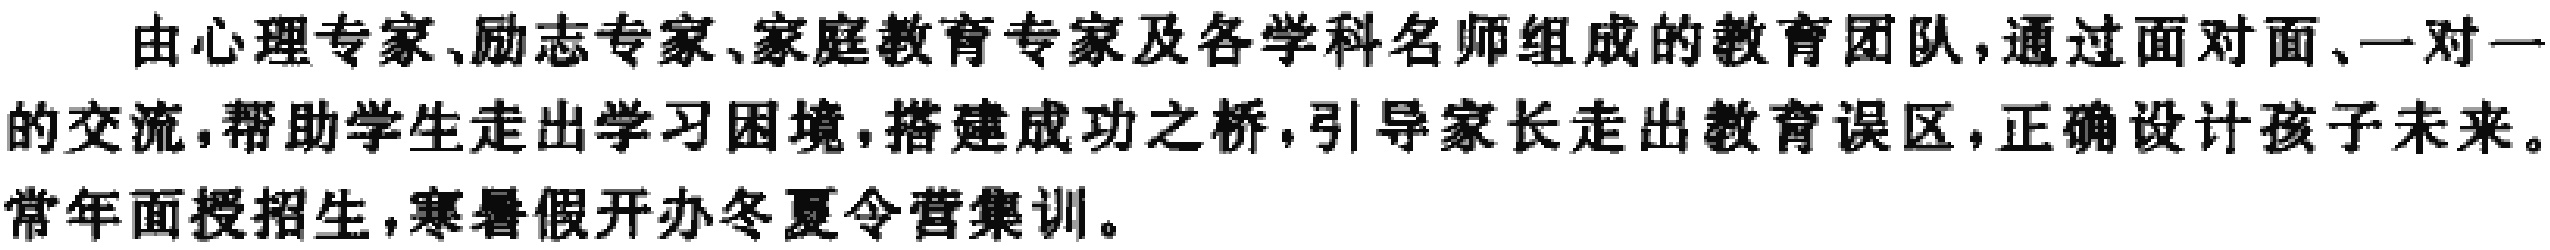
由心理专家、励志专家、家庭教育专家及各学科名师组成的教育团队,通过面对面、一对一的交流,帮助学生走出学习困境,搭建成功之桥,引导家长走出教育误区,正确设计孩子未来。
常年面授招生,寒暑假开办冬夏令营集训。